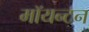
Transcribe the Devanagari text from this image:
मॉयन्टन